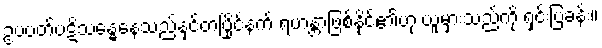
ဥပပတ်ပဋိသန္ဓေနေသည်နှင့်တပြိုင်နက် ရဟန္တာဖြစ်နိုင်၏ဟု ယူမှားသည်ကို ရှင်းပြခန်း။